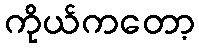
ကိုယ်ကတော့